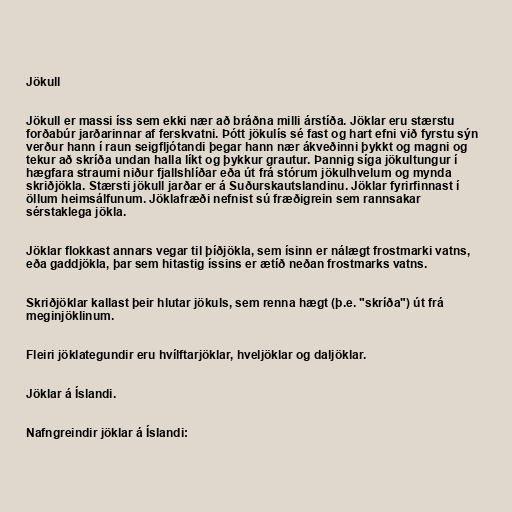
Jökull

Jökull er massi íss sem ekki nær að bráðna milli árstíða. Jöklar eru stærstu
forðabúr jarðarinnar af ferskvatni. Þótt jökulís sé fast og hart efni við fyrstu sýn
verður hann í raun seigfljótandi þegar hann nær ákveðinni þykkt og magni og
tekur að skríða undan halla líkt og þykkur grautur. Þannig síga jökultungur í
hægfara straumi niður fjallshlíðar eða út frá stórum jökulhvelum og mynda
skriðjökla. Stærsti jökull jarðar er á Suðurskautslandinu. Jöklar fyrirfinnast í
öllum heimsálfunum. Jöklafræði nefnist sú fræðigrein sem rannsakar
sérstaklega jökla.

Jöklar flokkast annars vegar til þíðjökla, sem ísinn er nálægt frostmarki vatns,
eða gaddjökla, þar sem hitastig íssins er ætíð neðan frostmarks vatns.

Skriðjöklar kallast þeir hlutar jökuls, sem renna hægt (þ.e. "skríða") út frá
meginjöklinum.

Fleiri jöklategundir eru hvílftarjöklar, hveljöklar og daljöklar.

Jöklar á Íslandi.

Nafngreindir jöklar á Íslandi: